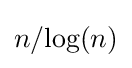
n/{\text{log}}(n)